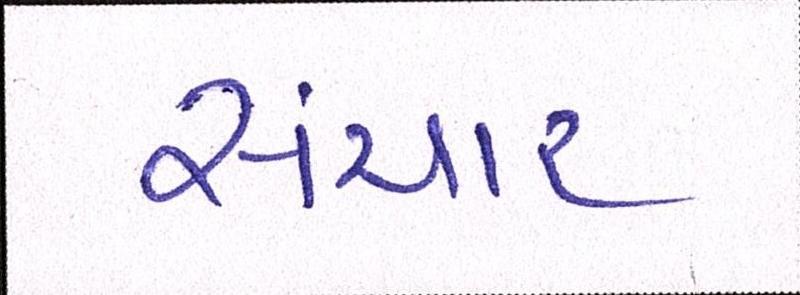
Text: સંચાર